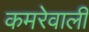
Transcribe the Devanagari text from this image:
कमरेवाली